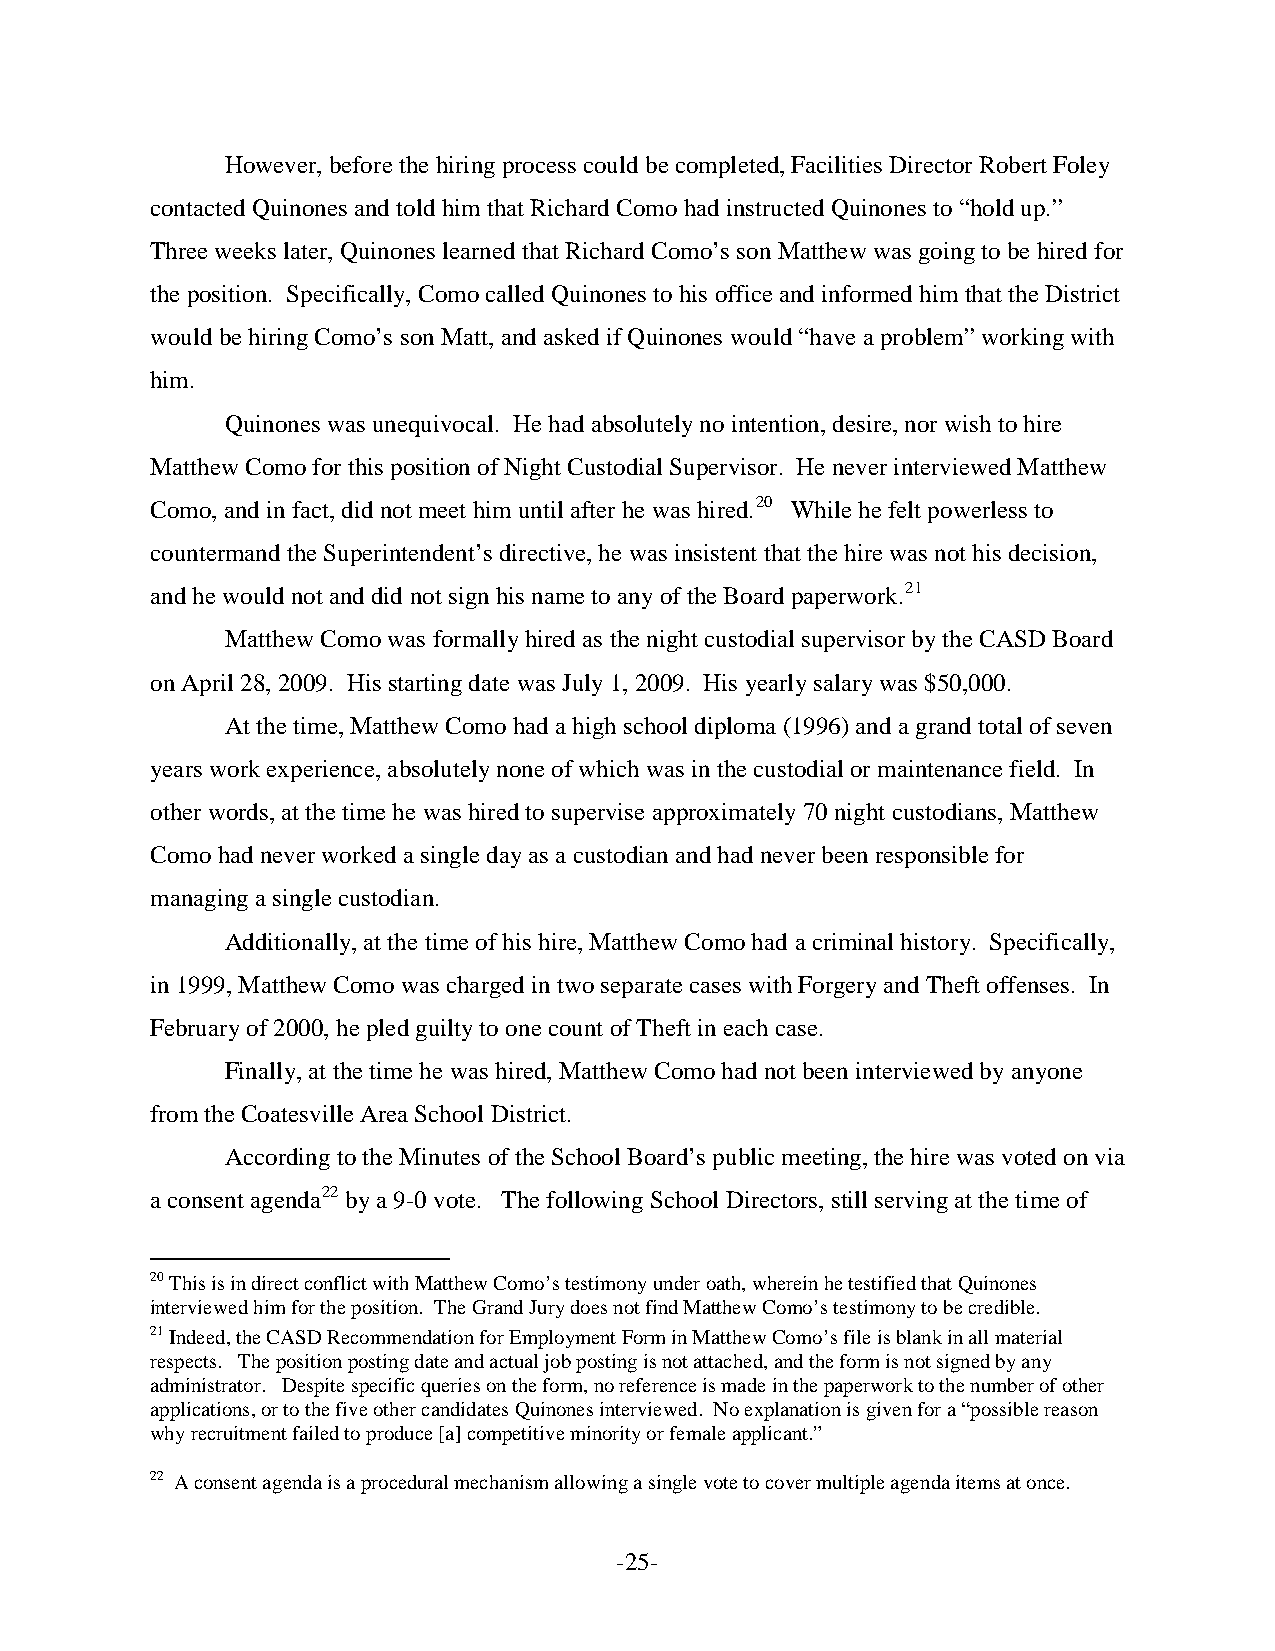
However, before the hiring process could be completed, Facilities Director Robert Foley
 contacted Quinones and told him that Richard Como had instructed Quinones to “hold up.”
 Three weeks later, Quinones learned that Richard Como’s son Matthew was going to be hired for
 the position. Specifically, Como called Quinones to his office and informed him that the District
 would be hiring Como’s son Matt, and asked if Quinones would “have a problem” working with
 him.
 Quinones was unequivocal. He had absolutely no intention, desire, nor wish to hire
 Matthew Como for this position of Night Custodial Supervisor. He never interviewed Matthew
 Como, and in fact, did not meet him until after he was hired.20 While he felt powerless to
 countermand the Superintendent’s directive, he was insistent that the hire was not his decision,
 and he would not and did not sign his name to any of the Board paperwork.21
 Matthew Como was formally hired as the night custodial supervisor by the CASD Board
 on April 28, 2009. His starting date was July 1, 2009. His yearly salary was $50,000.
 At the time, Matthew Como had a high school diploma (1996) and a grand total of seven
 years work experience, absolutely none of which was in the custodial or maintenance field. In
 other words, at the time he was hired to supervise approximately 70 night custodians, Matthew
 Como had never worked a single day as a custodian and had never been responsible for
 managing a single custodian.
 Additionally, at the time of his hire, Matthew Como had a criminal history. Specifically,
 in 1999, Matthew Como was charged in two separate cases with Forgery and Theft offenses. In
 February of 2000, he pled guilty to one count of Theft in each case.
 Finally, at the time he was hired, Matthew Como had not been interviewed by anyone
 from the Coatesville Area School District.
 According to the Minutes of the School Board’s public meeting, the hire was voted on via
 a consent agenda22 by a 9-0 vote. The following School Directors, still serving at the time of
 20 This is in direct conflict with Matthew Como’s testimony under oath, wherein he testified that Quinones
 interviewed him for the position. The Grand Jury does not find Matthew Como’s testimony to be credible.
 21 Indeed, the CASD Recommendation for Employment Form in Matthew Como’s file is blank in all material
 respects. The position posting date and actual job posting is not attached, and the form is not signed by any
 administrator. Despite specific queries on the form, no reference is made in the paperwork to the number of other
 applications, or to the five other candidates Quinones interviewed. No explanation is given for a “possible reason
 why recruitment failed to produce [a] competitive minority or female applicant.”
 22 A consent agenda is a procedural mechanism allowing a single vote to cover multiple agenda items at once.
 -25-